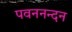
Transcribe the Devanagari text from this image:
पवननन्दन